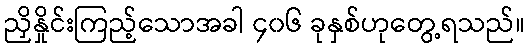
ညှိနှိုင်းကြည့်သောအခါ ၄၀၆ ခုနှစ်ဟုတွေ့ရသည်။